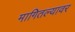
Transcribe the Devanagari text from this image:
मागितल्यावर